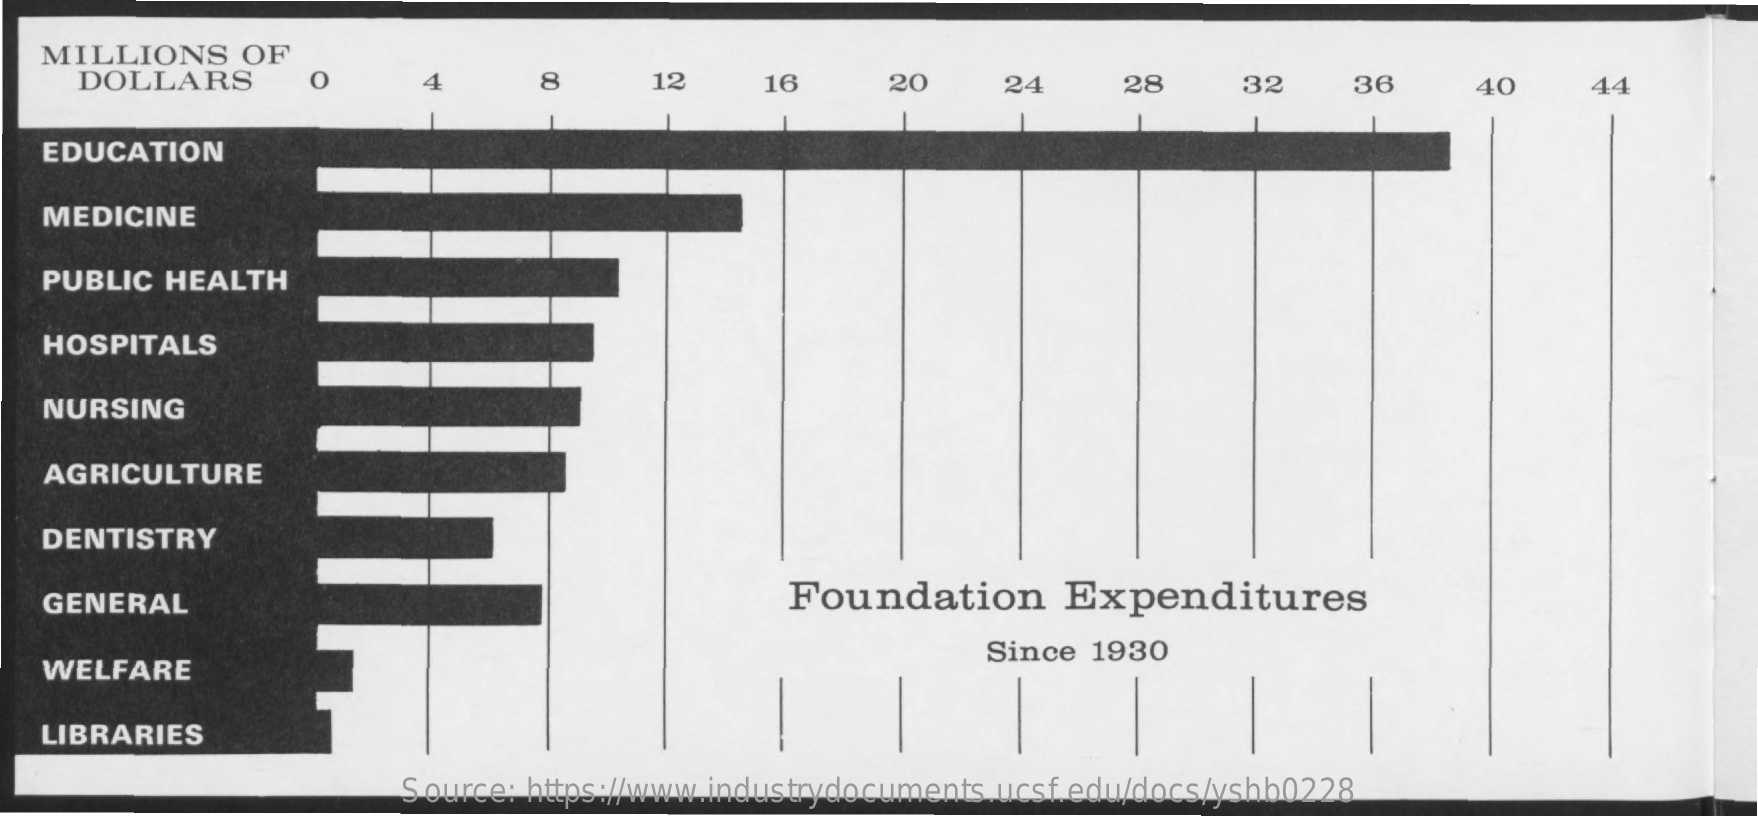
MILLIONS    OF
     DOLLARS    0    8    12    16    20    24    28    32    36    40    44
   EDUCATION
   MEDICINE
   PUBLIC HEALTH
   HOSPITALS
   NURSING
   AGRICULTURE
   DENTISTRY
   GENERAL    Foundation    Expenditures
   WELFARE
     Since  1930
   LIBRARIES
     Source: https://www.industrydocuments.ucsf.edu/docs/yshb0228